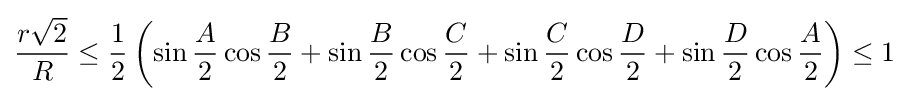
{\frac {r{\sqrt {2}}}{R}}\leq {\frac {1}{2}}\left(\sin {\frac {A}{2}}\cos {\frac {B}{2}}+\sin {\frac {B}{2}}\cos {\frac {C}{2}}+\sin {\frac {C}{2}}\cos {\frac {D}{2}}+\sin {\frac {D}{2}}\cos {\frac {A}{2}}\right)\leq 1